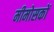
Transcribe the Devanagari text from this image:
मीमोसकों